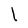
Character: l